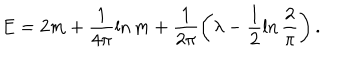
E = 2 m + \frac { 1 } { 4 \pi } \ln m + \frac { 1 } { 2 \pi } \left( \lambda - \frac { 1 } { 2 } \ln \frac { 2 } { \pi } \right) .